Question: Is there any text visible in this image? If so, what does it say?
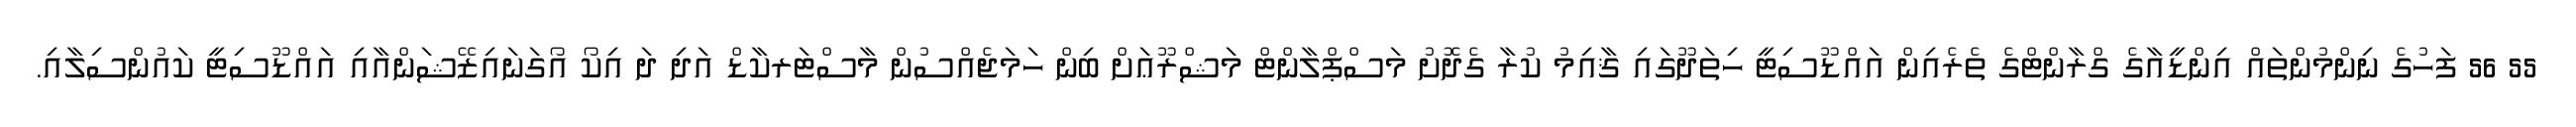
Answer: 55 56 ފަހުގެ ނިންމުންތައް އިންޑީއާގެ ގްރާންޓްގެ ތެރެއިން އައްޑޫސިޓީ ހިތަދޫގައި ޤާއިމު ކުރާ ގެދޮށު މަސްޕްލާންޓް މަޝްރޫޢަށް ބިން ހަމަޖެއްސުން މާސްޓަރކާޑް އަދި ދަ އިކޯ އޯގަނައިޒޭޝަންއާއި އައްޑޫސިޓީ ކައުންސިލާއި.